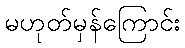
မဟုတ်မှန်ကြောင်း